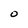
Character: 0